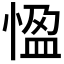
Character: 𭝳